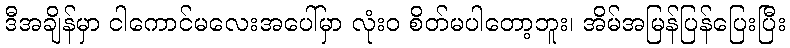
ဒီအချိန်မှာ ငါကောင်မလေးအပေါ်မှာ လုံးဝ စိတ်မပါတော့ဘူး၊ အိမ်အမြန်ပြန်ပြေးပြီး